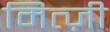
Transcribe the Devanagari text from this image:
मित्ज़ी